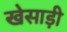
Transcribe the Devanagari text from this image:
खेसाड़ी